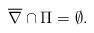
LaTeX: \begin{align*} \overline{\nabla} \cap \Pi = \emptyset.\end{align*}